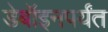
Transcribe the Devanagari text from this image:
डेबॉइनपर्यंत